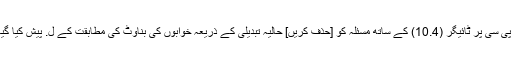
پاور پی سی پر ٹائیگر (10.4) کے ساتھ مسئلہ کو [حذف کریں] حالیہ تبدیلی کے ذریعہ خوابوں کی بناوٹ کی مطابقت کے ل. پیش کیا گیا ہے۔